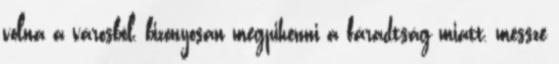
volna a városból, bizonyosan megpihenni a fáradtság miatt, messze